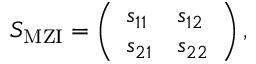
\begin{array} { r } { S _ { \mathrm { { M Z I } } } = \left( \begin{array} { l l } { s _ { 1 1 } } & { s _ { 1 2 } } \\ { s _ { 2 1 } } & { s _ { 2 2 } } \end{array} \right) , } \end{array}